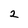
Character: 2